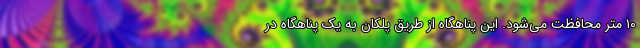
۱۰ متر محافظت می‌شود. این پناهگاه از طریق پلکان به یک پناهگاه در